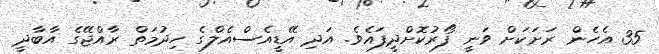
35 އެހެން ރަށަކަށް ވަނީ ފޯރުކޮށްދީފައެވެ. އަދި އޭޑީއެސްއެލްގެ ހިދުމަތް ރާއްޖޭގެ އާބާދީ